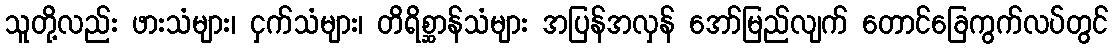
သူတို့လည်း ဖားသံများ၊ ငှက်သံများ၊ တိရိစ္ဆာန်သံများ အပြန်အလှန် အော်မြည်လျက် တောင်ခြေကွက်လပ်တွင်